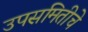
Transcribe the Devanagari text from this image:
उपसमितीचे